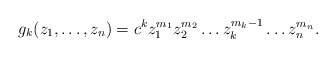
\begin{align*}g_k(z_1,\dots ,z_n)=c^k z_{1}^{m_1}z_2 ^{m_2}\dots z_{k}^{m_k -1}\dots z_n^{m_n} .\end{align*}